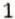
1